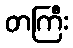
တကြီး